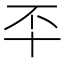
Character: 㔻